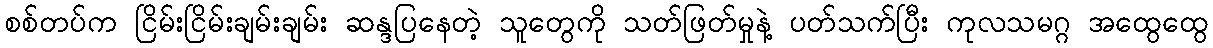
စစ်တပ်က ငြိမ်းငြိမ်းချမ်းချမ်း ဆန္ဒပြနေတဲ့ သူတွေကို သတ်ဖြတ်မှုနဲ့ ပတ်သက်ပြီး ကုလသမဂ္ဂ အထွေထွေ